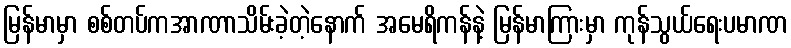
မြန်မာမှာ စစ်တပ်ကအာဏာသိမ်းခဲ့တဲ့နောက် အမေရိကန်နဲ့ မြန်မာကြားမှာ ကုန်သွယ်ရေးပမာဏ